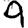
Digit: 9